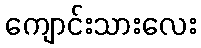
ကျောင်းသားလေး